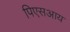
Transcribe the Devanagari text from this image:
पिएसआय